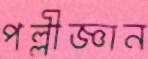
পল্লীজ্ঞান